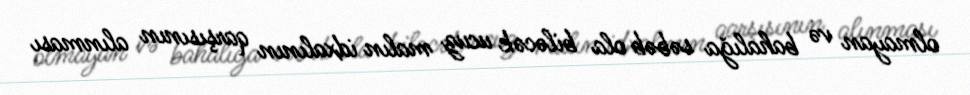
olmayan və bahalığa səbəb ola biləcək ucuz malın idxalının qarşısının alınması